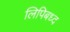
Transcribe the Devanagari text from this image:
लिपिबध्द